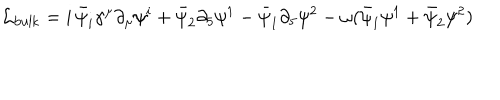
LaTeX: \mathcal { L } _ { \mathrm { b u l k } } = i \, \bar { \psi } _ { i } \gamma ^ { \mu } \partial _ { \mu } \psi ^ { i } + \bar { \psi } _ { 2 } \partial _ { 5 } \psi ^ { 1 } - \bar { \psi } _ { 1 } \partial _ { 5 } \psi ^ { 2 } - \omega ( \bar { \psi } _ { 1 } \psi ^ { 1 } + \bar { \psi } _ { 2 } \psi ^ { 2 } )